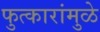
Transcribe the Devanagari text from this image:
फुत्कारांमुळे